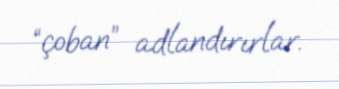
“çoban” adlandırırlar.